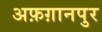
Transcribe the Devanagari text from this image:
अफ़ग़ानपुर